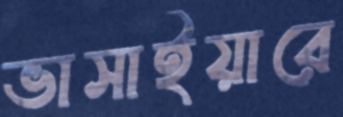
ভাসাইয়ারে